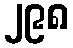
၂၉၈